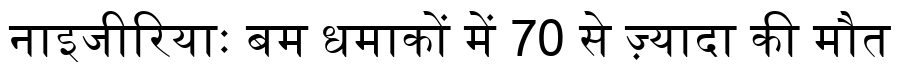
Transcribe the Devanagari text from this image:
नाइजीरियाः बम धमाकों में 70 से ज़्यादा की मौत